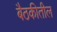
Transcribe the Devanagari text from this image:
बैठकीतील